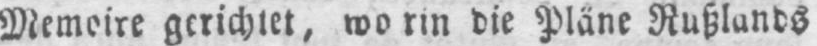
Memoire gerichtet, worin die Pläne Rußlands